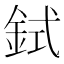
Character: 鉽